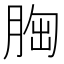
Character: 𦛳